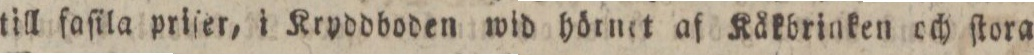
till faſila priſer, i Kryddboden wid hörnet af Kåkbrinken och ſtora